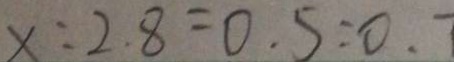
x : 2 . 8 = 0 . 5 = 0 .